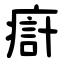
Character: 㾵